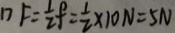
1 7 F = \frac { 1 } { 2 } f = \frac { 1 } { 2 } \times 1 0 N = 5 N